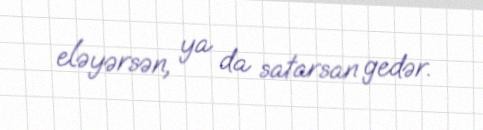
eləyərsən, ya da satarsan gedər.